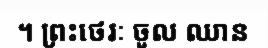
។ ព្រះថេរៈ ចូល ឈាន